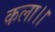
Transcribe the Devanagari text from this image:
कला।।